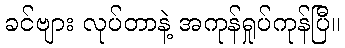
ခင်ဗျား လုပ်တာနဲ့ အကုန်ရှုပ်ကုန်ပြီ။